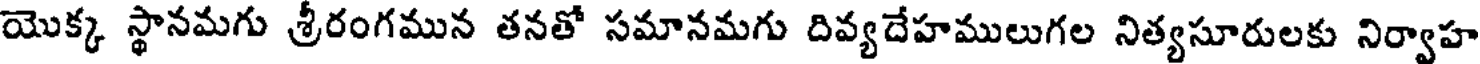
యొక్క స్థానమగు శ్రీరంగమున తనతో సమానమగు దివ్యదేహములుగల నిత్యసూరులకు నిర్వాహ